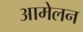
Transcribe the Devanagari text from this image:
आमेलन